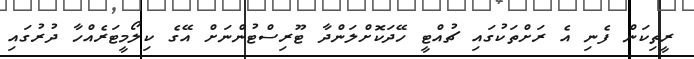
ރީތިކަން ފެނި އެ ރަށްތަކުގައި ޗުއްޓީ ހޭދަކޮށްލަންދާ ޓޫރިސްޓުންނަށް އޭގެ ކިލޯމީޓަރެއްހާ ދުރުގައި